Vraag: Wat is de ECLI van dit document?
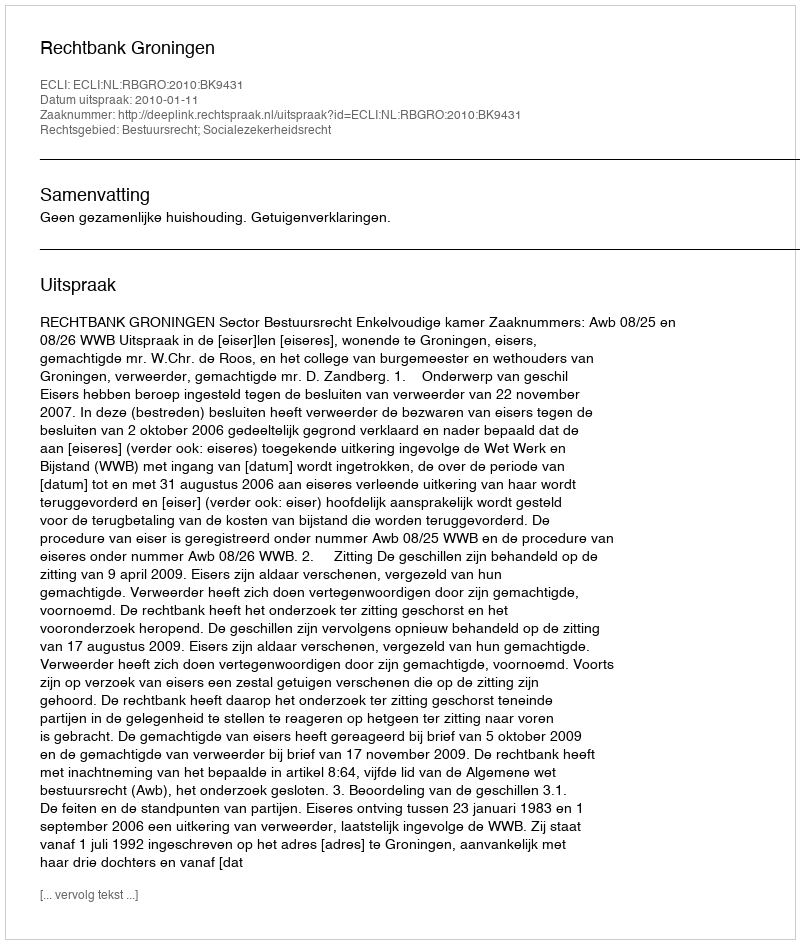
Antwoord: ECLI:NL:RBGRO:2010:BK9431